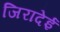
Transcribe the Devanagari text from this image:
जिरादेई